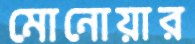
মোনোয়ার